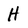
Character: H